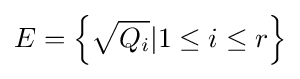
E=\left\{{\sqrt {Q_{i}}}|1\leq i\leq r\right\}